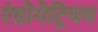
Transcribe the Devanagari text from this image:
एंडोमेट्रियम